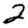
Digit: 2